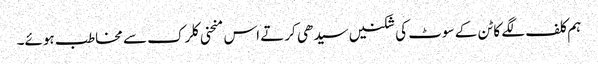
ہم کلف لگے کاٹن کے سوٹ کی شکنیں سیدھی کرتے اس منحنی کلرک سے مخاطب ہوئے۔